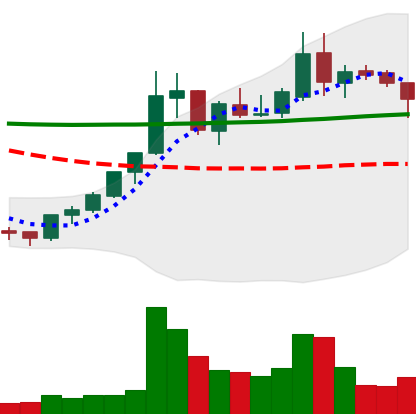
Ticker: XLM-USD
Chart end date: 2018-07-30
Forward return: -18.653%
Label: down_7plus